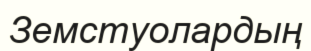
Земстуолардың